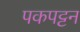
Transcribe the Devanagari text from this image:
पकपट्टन